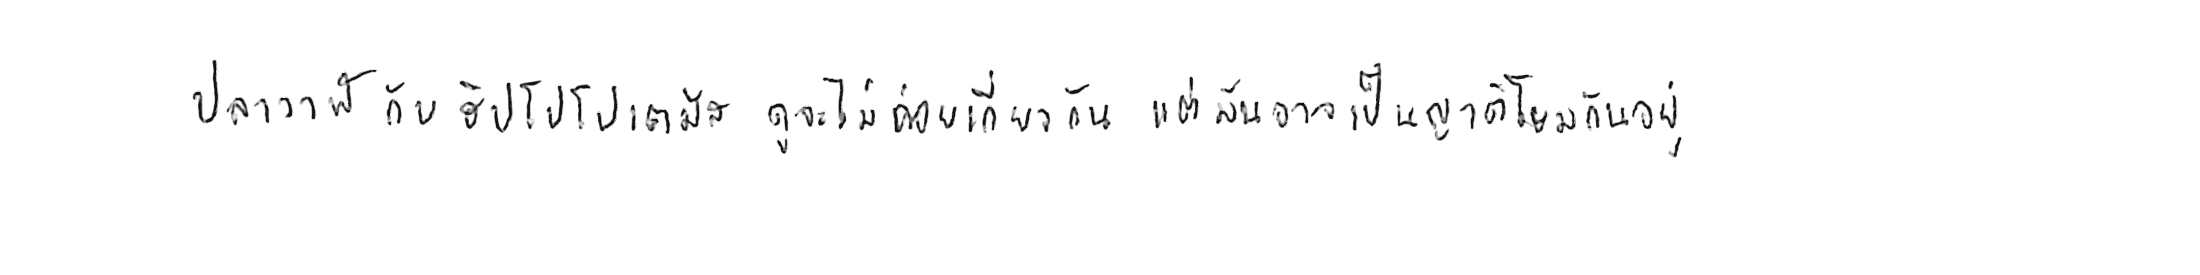
ปลาวาฬ กับ ฮิปโปโปเตมัส ดูจะไม่ค่อยเกี่ยวกัน แต่มันอาจเป็นญาติโยมกันอยู่